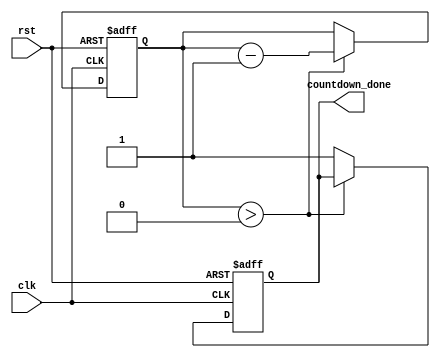
module CountdownTimer #(
    parameter COUNTDOWN_VALUE = 1000, // default countdown value in milliseconds
    parameter CLOCK_FREQ = 1000000    // default clock frequency in Hz
)(
    input wire clk,         // clock input
    input wire rst,         // reset signal
    output reg countdown_done // output signal to indicate countdown has finished
);

reg [31:0] counter;

always @(posedge clk or posedge rst) begin
    if (rst) begin
        counter <= COUNTDOWN_VALUE * (CLOCK_FREQ / 1000) - 1; // initialize counter with countdown value
        countdown_done <= 0; // reset countdown_done signal
    end else begin
        if (counter > 0) begin
            counter <= counter - 1; // decrement counter every clock cycle
        end else begin
            countdown_done <= 1; // set countdown_done signal when countdown reaches zero
        end
    end
end

endmodule